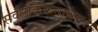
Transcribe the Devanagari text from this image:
सर्वलोकैकनाथम्।।